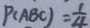
P ( A B C ) = \frac { 1 } { 4 }